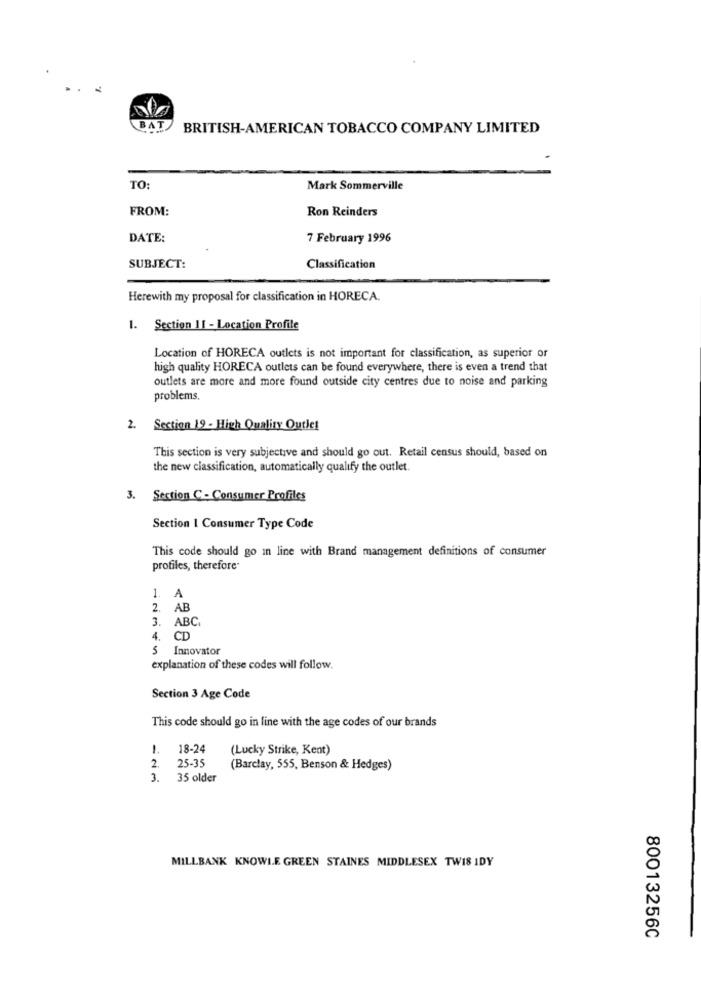
BAT
BRITISH-AMERICAN TOBACCO COMPANY LIMITED
TO:
Mark Sommerville
FROM:
Ron Reinders
DATE:
7 February 1996
SUBJECT:
Classification
Herewith my proposal for classification in HORECA.
1. Section 11 - Location Profile
Location of HORECA outlets is not important for classification, as superior or
high quality HORECA outlets can be found everywhere, there is even a trend that
outlets are more and more found outside city centres due to noise and parking
problems.
2. Section 19 - High Quality Outlet
This section is very subjective and should go out. Retail census should, based on
the new classification, automatically qualify the outlet.
3. Section C - Consumer Profiles
Section 1 Consumer Type Code
This code should go in line with Brand management definitions of consumer
profiles, therefore-
1. A
2. AB
3. ABC
CD
5 Innovator
explanation of these codes will follow.
Section 3 Age Code
This code should go in line with the age codes of our brands
18-24
(Lucky Strike, Kent)
2.
25-35
(Barclay, 555, Benson & Hedges)
3. 35 older
MILLBANK KNOWLE GREEN STAINES MIDDLESEX TW18 IDY
80013256C